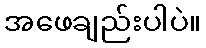
အဖေချည်းပါပဲ။